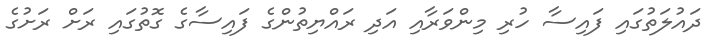
ދައުލަތުގައި ފައިސާ ހުރި މިންވަރާއި އަދި ރައްޔިތުންގެ ފައިސާގެ ގޮތުގައި ރަށް ރަށުގެ